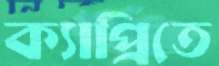
ক্যাপ্রিতে